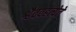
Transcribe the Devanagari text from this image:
श्वैववहंत्येते